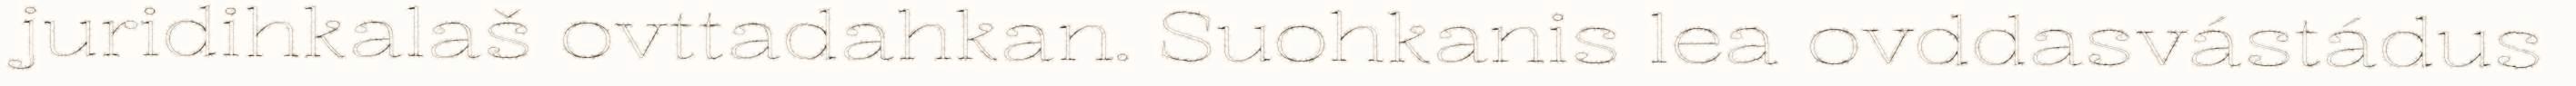
juridihkalaš ovttadahkan. Suohkanis lea ovddasvástádus